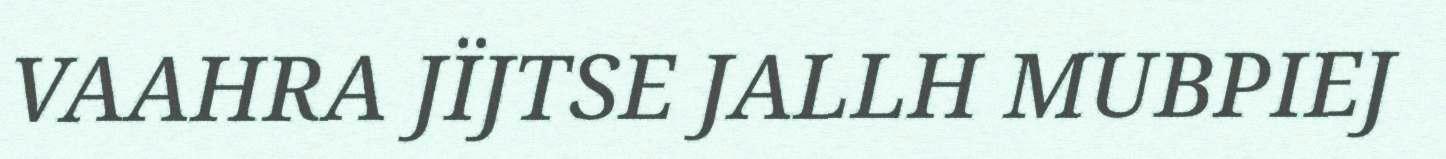
VAAHRA JÏJTSE JALLH MUBPIEJ